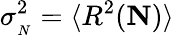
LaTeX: \sigma_{{}_{N}}^{2}=\langle R^{2}({\mathbf N})\rangle